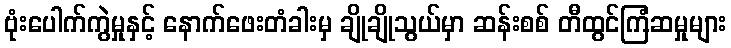
ဗုံးပေါက်ကွဲမှုနှင့် နောက်ဖေးတံခါးမှ ချိုချိုသွယ်မှာ ဆန်းစစ် တီထွင်ကြံဆမှုများ